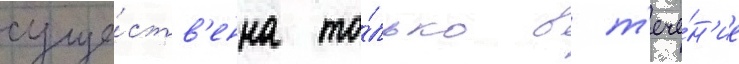
суще́ств'енна то́лько в т'ече́н'ие